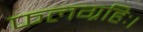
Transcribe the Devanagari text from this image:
फलग्रहिः।